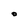
Character: O